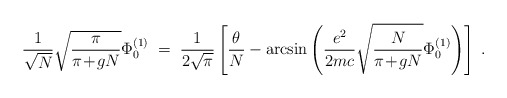
\begin{align*}\frac{1}{\sqrt{N}}\sqrt{\frac{\pi}{\pi\!+\!gN}} \Phi^{(1)}_0\; = \;\frac{1}{2\sqrt{\pi}}\left[ \frac{\theta}{N} -\arcsin\left( \frac{e^2}{2mc} \sqrt{\frac{N}{\pi\!+\!gN}}\Phi^{(1)}_0 \right) \right] \; .\end{align*}